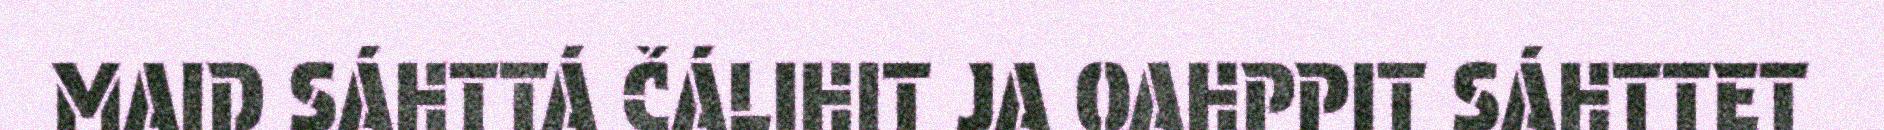
MAID SÁHTTÁ ČÁLIHIT JA OAHPPIT SÁHTTET